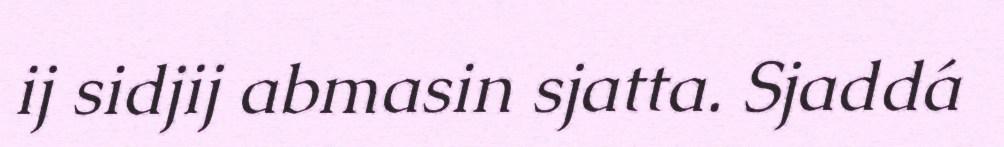
ij sidjij abmasin sjatta. Sjaddá